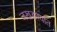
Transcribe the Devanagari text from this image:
जखडण्यात